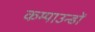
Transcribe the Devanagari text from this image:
कम्पाउन्डों